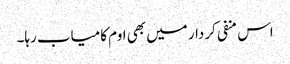
اس منفی کردار میں بھی اوم کامیاب رہا۔